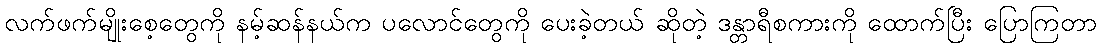
လက်ဖက်မျိုးစေ့တွေကို နမ့်ဆန်နယ်က ပလောင်တွေကို ပေးခဲ့တယ် ဆိုတဲ့ ဒန္တာရီစကားကို ထောက်ပြီး ပြောကြတာ